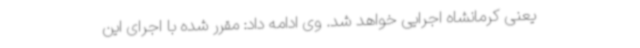
یعنی کرمانشاه اجرایی خواهد شد. وی ادامه داد: مقرر شده با اجرای این